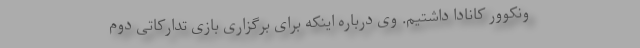
ونکوور کانادا داشتیم. وی درباره اینکه برای برگزاری بازی تدارکاتی دوم